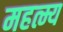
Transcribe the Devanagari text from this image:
महत्म्य